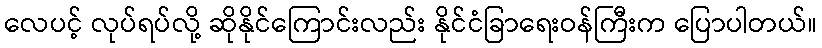
လေပင့် လုပ်ရပ်လို့ ဆိုနိုင်ကြောင်းလည်း နိုင်ငံခြာရေးဝန်ကြီးက ပြောပါတယ်။